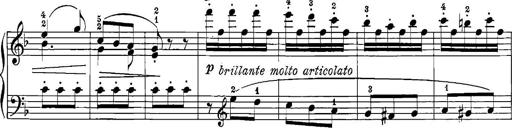
Title: 12 Sonatinas
Composer: Ignaz Pleyel